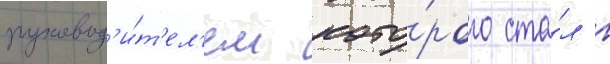
руковод'и́т'ел'ем кото́рого ста́л г